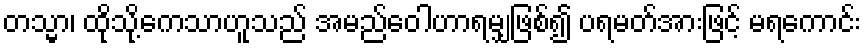
တသ္မာ၊ ထိုသို့ကေသာဟူသည် အမည်ဝေါဟာရမျှဖြစ်၍ ပရမတ်အားဖြင့် မရကောင်း